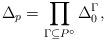
LaTeX: \begin{align*}\Delta_p = \prod_{\Gamma\subseteq P^\circ} \Delta_0^\Gamma,\end{align*}